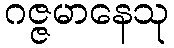
ဂဇ္ဇမာနေသု